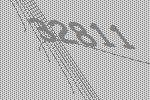
32811